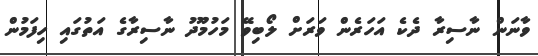
ވާނަން ނާސިރާ ދެކެ އަހަރެން ވަރަށް ލޯބިވޭ މަހުމޫދު ނާސިރާގެ އަތުގައި ހިފަމުން